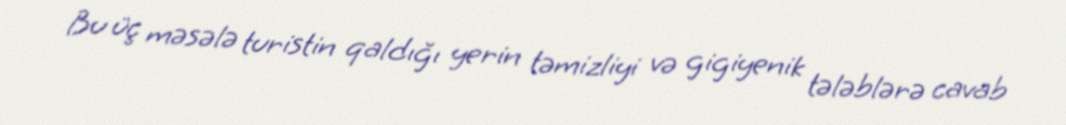
Bu üç məsələ turistin qaldığı yerin təmizliyi və gigiyenik tələblərə cavab